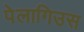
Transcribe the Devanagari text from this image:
पेलागिउस